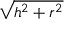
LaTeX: \sqrt { h ^ { 2 } + r ^ { 2 } }